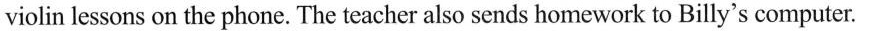
ⅵolin lessons on the phone. The teacher also sends homework to Billy's computer.